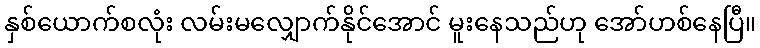
နှစ်ယောက်စလုံး လမ်းမလျှောက်နိုင်အောင် မူးနေသည်ဟု အော်ဟစ်နေပြီ။